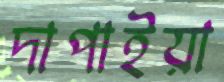
দাপাইয়া